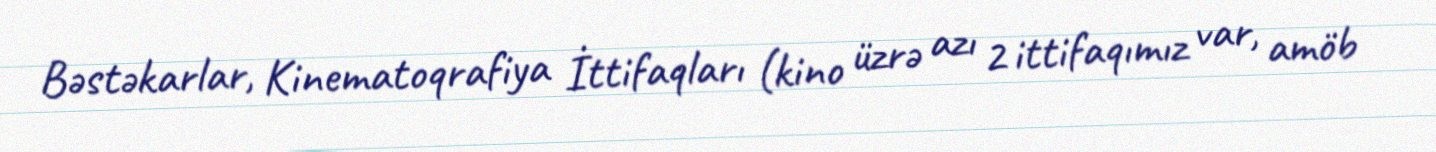
Bəstəkarlar, Kinematoqrafiya İttifaqları (kino üzrə azı 2 ittifaqımız var, amöb